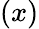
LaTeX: (x)